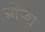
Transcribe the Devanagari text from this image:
सोर्‍या